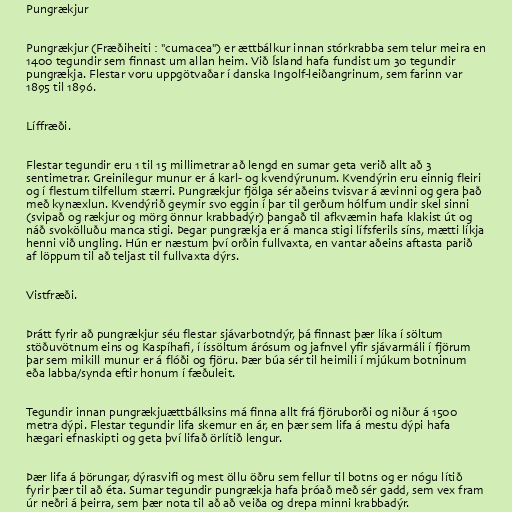
Pungrækjur

Pungrækjur (Fræðiheiti : "cumacea") er ættbálkur innan stórkrabba sem telur meira en
1400 tegundir sem finnast um allan heim. Við Ísland hafa fundist um 30 tegundir
pungrækja. Flestar voru uppgötvaðar í danska Ingolf-leiðangrinum, sem farinn var
1895 til 1896.

Líffræði.

Flestar tegundir eru 1 til 15 millimetrar að lengd en sumar geta verið allt að 3
sentimetrar. Greinilegur munur er á karl- og kvendýrunum. Kvendýrin eru einnig fleiri
og í flestum tilfellum stærri. Pungrækjur fjölga sér aðeins tvisvar á ævinni og gera það
með kynæxlun. Kvendýrið geymir svo eggin í þar til gerðum hólfum undir skel sinni
(svipað og rækjur og mörg önnur krabbadýr) þangað til afkvæmin hafa klakist út og
náð svokölluðu manca stigi. Þegar pungrækja er á manca stigi lífsferils síns, mætti líkja
henni við ungling. Hún er næstum því orðin fullvaxta, en vantar aðeins aftasta parið
af löppum til að teljast til fullvaxta dýrs.

Vistfræði.

Þrátt fyrir að pungrækjur séu flestar sjávarbotndýr, þá finnast þær líka í söltum
stöðuvötnum eins og Kaspíhafi, í íssöltum árósum og jafnvel yfir sjávarmáli í fjörum
þar sem mikill munur er á flóði og fjöru. Þær búa sér til heimili í mjúkum botninum
eða labba/synda eftir honum í fæðuleit.

Tegundir innan pungrækjuættbálksins má finna allt frá fjöruborði og niður á 1500
metra dýpi. Flestar tegundir lifa skemur en ár, en þær sem lifa á mestu dýpi hafa
hægari efnaskipti og geta því lifað örlítið lengur.

Þær lifa á þörungar, dýrasvifi og mest öllu öðru sem fellur til botns og er nógu lítið
fyrir þær til að éta. Sumar tegundir pungrækja hafa þróað með sér gadd, sem vex fram
úr neðri á þeirra, sem þær nota til að að veiða og drepa minni krabbadýr.